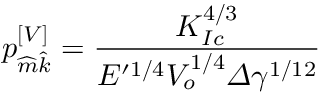
p _ { \widehat { m } \widehat { k } } ^ { \left[ V \right] } = \frac { K _ { I c } ^ { 4 / 3 } } { E ^ { \prime 1 / 4 } V _ { o } ^ { 1 / 4 } \varDelta \gamma ^ { 1 / 1 2 } }